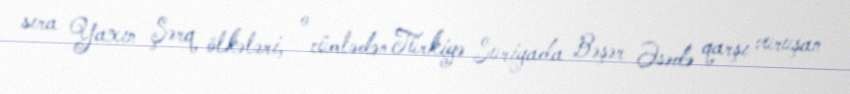
sıra Yaxın Şərq ölkələri, o cümlədən Türkiyə Suriyada Bəşər Əsədə qarşı vuruşan